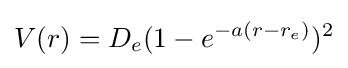
V(r)=D_{e}(1-e^{-a(r-r_{e})})^{2}